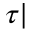
\tau |